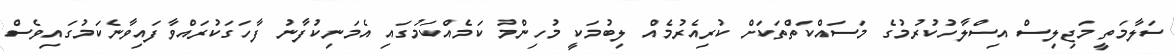
ސަލާމަތީ މަޖިލިސް އިސްލާހުކުރުމުގެ މަސައްކަތްތަކަށް ކުރިއެރުމެއް ލިބުމަކީ މުހިންމު ކަމެއްކަމުގައި އެމަނިކުފާނު ފާހަގަކުރައްވާފައިވާނެކަމުގައިވެސް